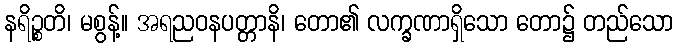
နရိဉ္စတိ၊ မစွန့်။ အရညဝနပတ္တာနိ၊ တော၏ လက္ခဏာရှိသော တော၌ တည်သော